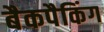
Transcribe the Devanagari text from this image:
बैकपैकिंग